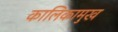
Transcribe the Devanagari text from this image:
कालिकामुख